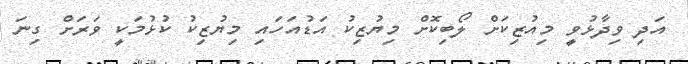
އަދި ވިދާޅުވީ މިއުޒިކަށް ލޯބިކޮށް މިޔުޒިކު އަޑުއަހައި މިޔުޒިކު ކުޅުމަކީ ވަރަށް ގިނަ